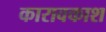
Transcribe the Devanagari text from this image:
कारावकाश